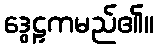
ဒွေဠှကမည်၏။